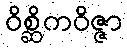
ဝိစ္ဆိကဝိဇ္ဇာ